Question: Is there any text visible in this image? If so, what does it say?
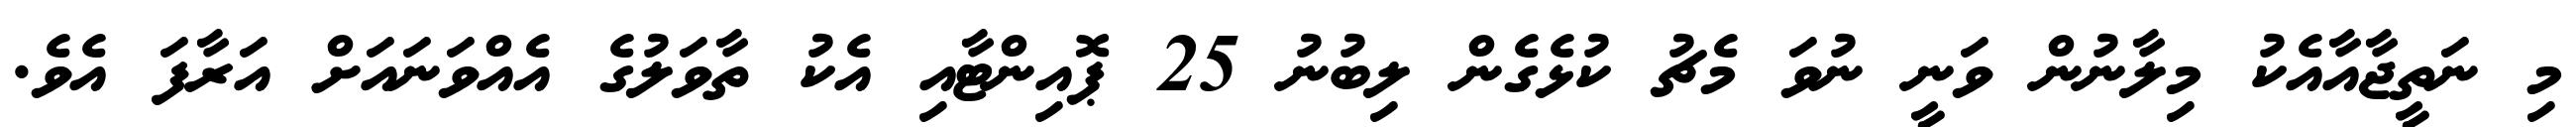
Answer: މި ނަތީޖާއާއެކު މިލާނުން ވަނީ ނުވަ މެޗު ކުޅެގެން ލިބުނު 25 ޕޮއިންޓާއި އެކު ތާވަލުގެ އެއްވަނައަށް އަރާފަ އެވެ.